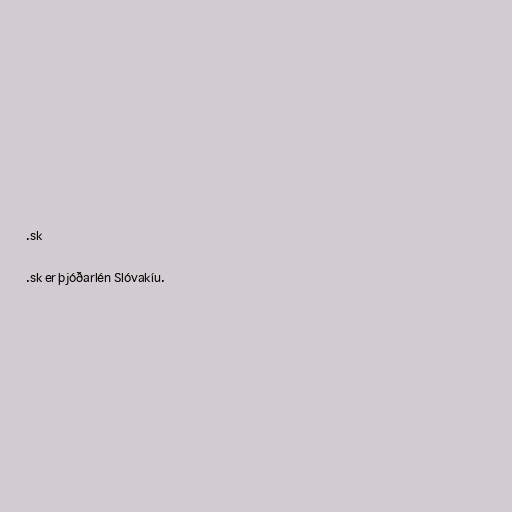
.sk

.sk er þjóðarlén Slóvakíu.